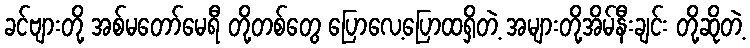
ခင်ဗျားတို့ အစ်မတော်မေရီ တို့တစ်တွေ ပြောလေ့ပြောထရှိတဲ့ အများတို့အိမ်နီးချင်း တို့ဆိုတဲ့